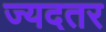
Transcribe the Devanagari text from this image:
ज्यदतर